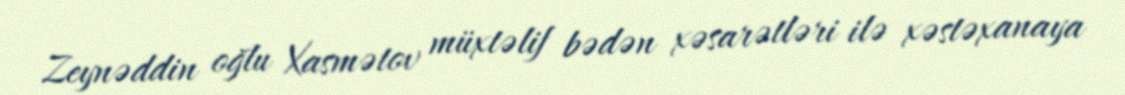
Zeynəddin oğlu Xasmətov müxtəlif bədən xəsarətləri ilə xəstəxanaya